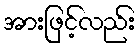
အားဖြင့်လည်း